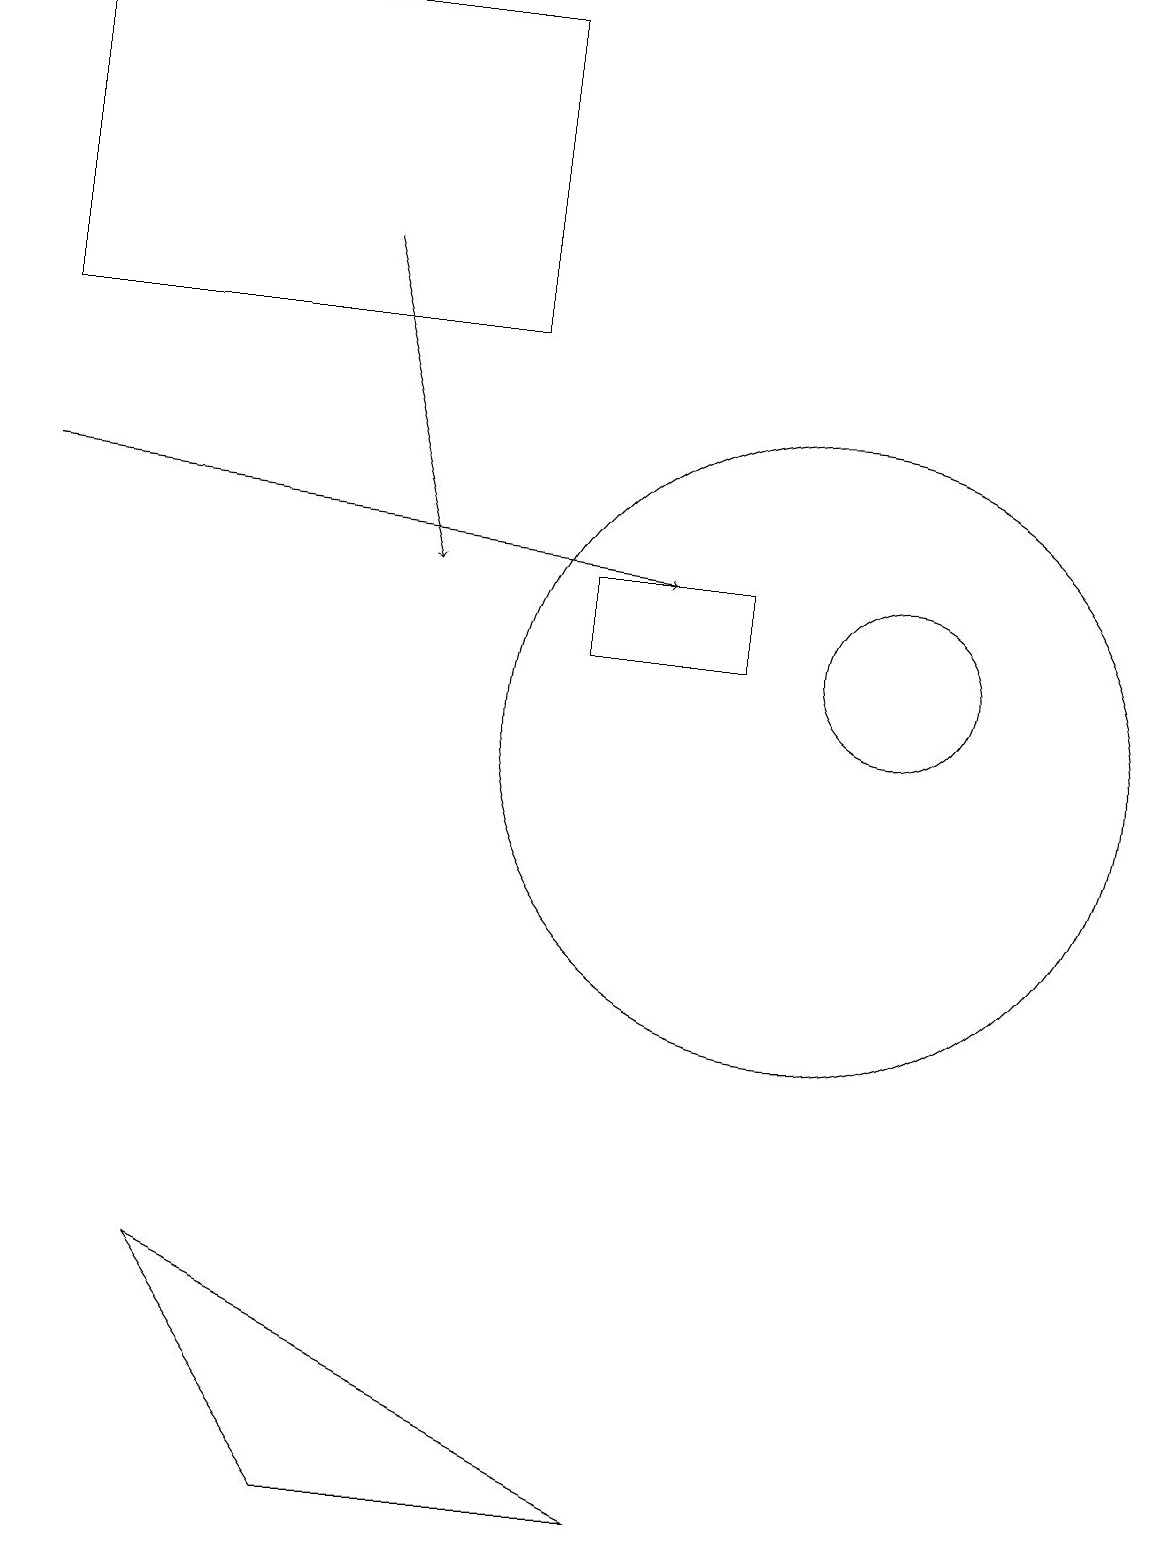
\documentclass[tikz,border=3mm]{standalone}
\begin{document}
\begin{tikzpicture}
\draw (10,10) circle (4);
\draw (9,12) rectangle (7,11);
\draw (11,11) circle (1);
\draw[->] (4,16) -- (5,12);
\draw[->] (0,13) -- (8,12);
\draw (6,15) rectangle (0,19);
\draw (2,3) -- (8,0) -- (4,0) -- cycle;
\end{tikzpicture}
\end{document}